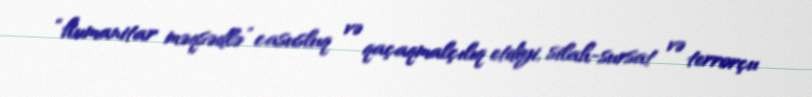
“humanitar məqsədlə” casusluq və qaçaqmalçılıq etdiyi, silah-sursat və terrorçu